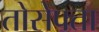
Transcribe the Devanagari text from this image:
तोसेफ्ता